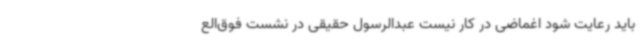
باید رعایت شود اغماضی در کار نیست عبدالرسول حقیقی در نشست فوق‌الع